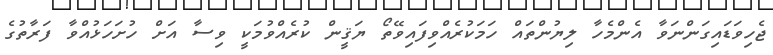
ޖެހިވަޑައިގަންނަވާ އެންމެހާ ލިޔުންތައް ހަމަކުރެއްވިފައިވޭތޯ ޔަޤީން ކުރެއްވުމަކީ ވިސާ އަށް ހުށަހަޅުއްވާ ފަރާތުގެ